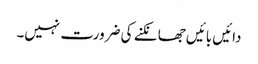
دائیں بائیں جھانکنے کی ضرورت نہیں۔